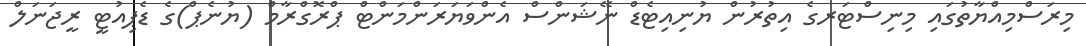
މިރަސްމިއްޔާތުގައި މިނިސްޓަރގެ އިތުރުން ޔުނިއިޓެޑް ނޭޝަންސް އެންވަޔަރަންމަންޓް ޕްރޮގްރާމް (ޔުނެޕް)ގެ ޑެޕިއުޓީ ރީޖަނަލް